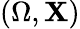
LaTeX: (\Omega,\mathbf{X})